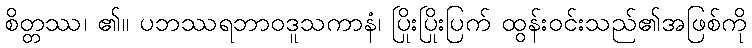
စိတ္တဿ၊ ၏။ ပဘဿရဘာဝဒူသကာနံ၊ ပြိုးပြိုးပြက် ထွန်းဝင်းသည်၏အဖြစ်ကို